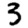
Digit: 3